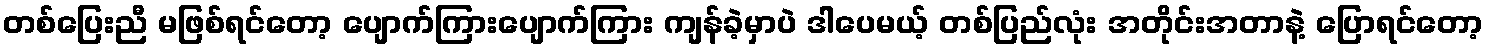
တစ်ပြေးညီ မဖြစ်ရင်တော့ ပျောက်ကြားပျောက်ကြား ကျန်ခဲ့မှာပဲ ဒါပေမယ့် တစ်ပြည်လုံး အတိုင်းအတာနဲ့ ပြောရင်တော့